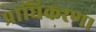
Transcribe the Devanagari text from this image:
प्राधिकरण।